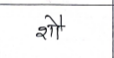
मजकूर: शौ